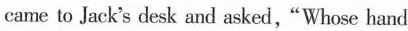
came to Jack's desk and asked,"Whose hand